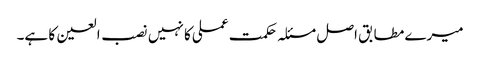
میرے مطابق اصل مسئلہ حکمت عملی کا نہیں نصب العین کا ہے۔